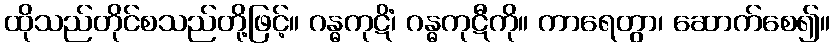
ထိုသည်တိုင်စသည်တို့ဖြင့်။ ဂန္ဓကုဋိံ၊ ဂန္ဓကုဋီကို။ ကာရေတွာ၊ ဆောက်စေ၍။